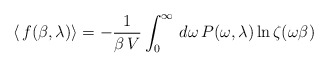
\begin{align*}\langle\,f(\beta,\lambda)\rangle=-\frac{1}{\beta\,V}\int_{0}^{\infty}\,d\omega\,P(\omega,\lambda)\ln\zeta(\omega\beta)\end{align*}